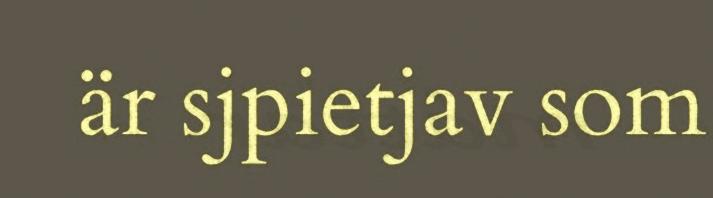
är sjpietjav som